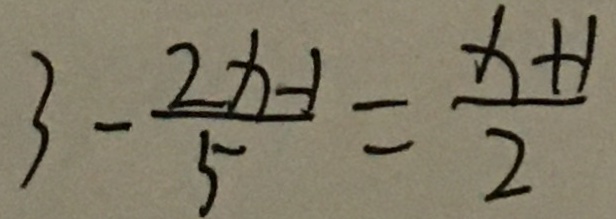
3 - \frac { 2 x - 1 } { 5 } = \frac { x + 1 } { 2 }